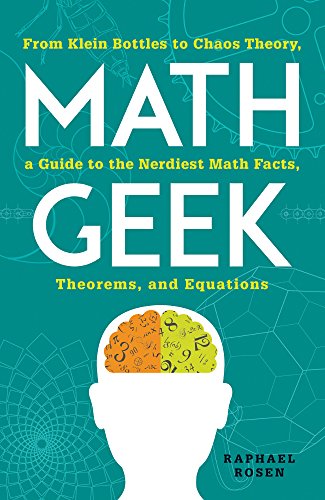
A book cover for Math Geek: From Klein Bottles to Chaos Theory, a Guide to the Nerdiest Math Facts, Theorems, and Equations; Raphael Rosen; Science & Math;